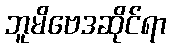
ဘူမိဗေဒဆိုင်ရာ